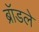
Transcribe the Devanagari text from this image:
ब्रॉडले